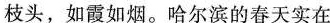
枝头，如霞如烟。哈尔滨的春天实在